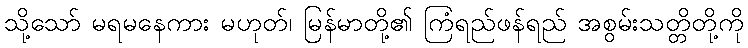
သို့သော် မရမနေကား မဟုတ်၊ မြန်မာတို့၏ ကြံရည်ဖန်ရည် အစွမ်းသတ္တိတို့ကို